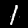
Digit: 1